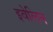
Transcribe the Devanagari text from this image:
इवेलिन